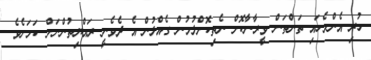
ހުރި އެންމެހައި ތަންތަން ވީރާނާކޮށް ނެތިކޮށްލުމުން ގެއްލުން އެ ދެވެނީ ރައްޔިތުންނަށް ކަމަށެވެ.